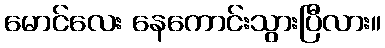
မောင်လေး နေကောင်းသွားပြီလား။